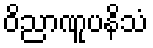
ဝိညာဏူပနိသံ